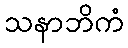
သနာဘိကံ